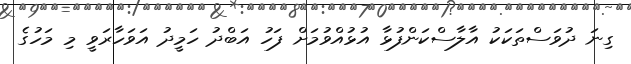
ގިނަ ދުވަސްތަކަކު އާލާސްކަންފުޅާ އުޅުއްވުމަށް ފަހު އަބްދު ހަމީދު އަވަހާރަވީ މި މަހުގެ